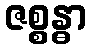
ဇစ္စန္ဓာ